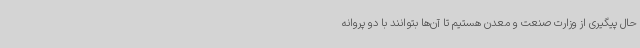
حال پیگیری از وزارت صنعت و معدن هستیم تا آن‌ها بتوانند با دو پروانه